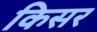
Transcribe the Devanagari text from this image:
किसर